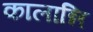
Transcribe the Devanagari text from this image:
कालान्नि